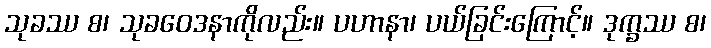
သုခဿ စ၊ သုခဝေဒနာကိုလည်း။ ပဟာနာ၊ ပယ်ခြင်းကြောင့်။ ဒုက္ခဿ စ၊